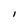
Character: l